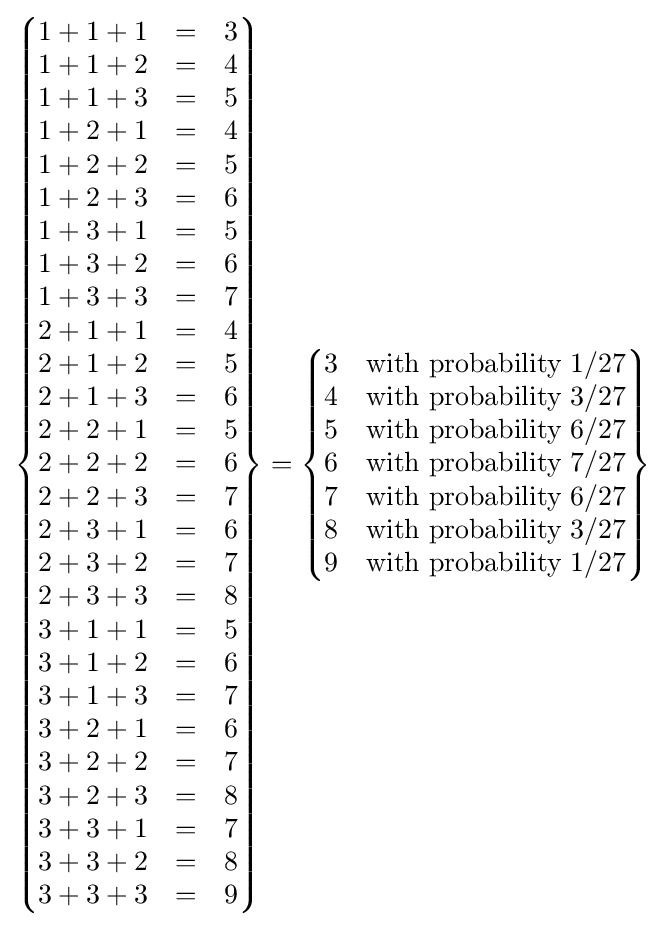
\left\{{\begin{matrix}1+1+1&=&3\\1+1+2&=&4\\1+1+3&=&5\\1+2+1&=&4\\1+2+2&=&5\\1+2+3&=&6\\1+3+1&=&5\\1+3+2&=&6\\1+3+3&=&7\\2+1+1&=&4\\2+1+2&=&5\\2+1+3&=&6\\2+2+1&=&5\\2+2+2&=&6\\2+2+3&=&7\\2+3+1&=&6\\2+3+2&=&7\\2+3+3&=&8\\3+1+1&=&5\\3+1+2&=&6\\3+1+3&=&7\\3+2+1&=&6\\3+2+2&=&7\\3+2+3&=&8\\3+3+1&=&7\\3+3+2&=&8\\3+3+3&=&9\end{matrix}}\right\}=\left\{{\begin{matrix}3&{\mbox{with}}\ {\mbox{probability}}\ 1/27\\4&{\mbox{with}}\ {\mbox{probability}}\ 3/27\\5&{\mbox{with}}\ {\mbox{probability}}\ 6/27\\6&{\mbox{with}}\ {\mbox{probability}}\ 7/27\\7&{\mbox{with}}\ {\mbox{probability}}\ 6/27\\8&{\mbox{with}}\ {\mbox{probability}}\ 3/27\\9&{\mbox{with}}\ {\mbox{probability}}\ 1/27\end{matrix}}\right\}